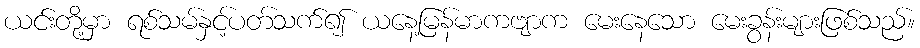
ယင်းတို့မှာ ရစ်သမ်နှင့်ပတ်သက်၍ ယနေ့မြန်မာကဗျာက မေးနေသော မေးခွန်းများဖြစ်သည်။